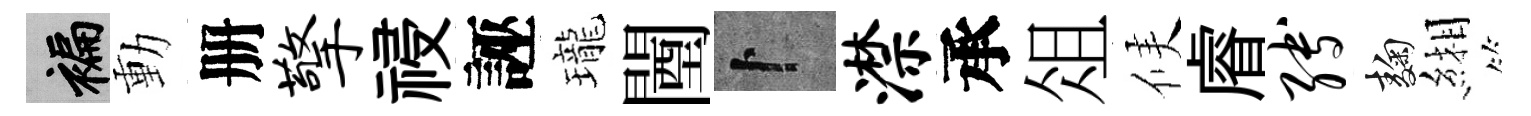
褊動册擎祲誣瓏闉卜潸承俎候𥈠缚麹緗